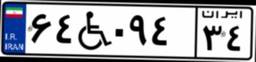
۶۴W۰۹۴۳۴